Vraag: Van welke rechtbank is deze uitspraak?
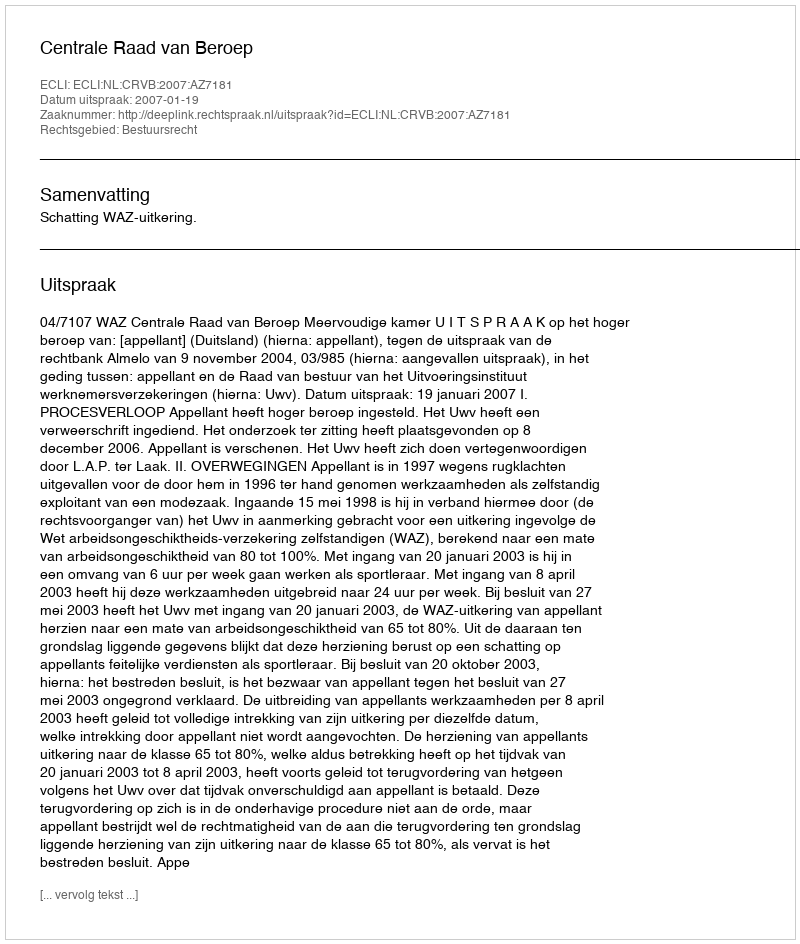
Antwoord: Centrale Raad van Beroep